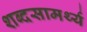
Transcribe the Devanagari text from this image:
शब्दसामर्थ्य